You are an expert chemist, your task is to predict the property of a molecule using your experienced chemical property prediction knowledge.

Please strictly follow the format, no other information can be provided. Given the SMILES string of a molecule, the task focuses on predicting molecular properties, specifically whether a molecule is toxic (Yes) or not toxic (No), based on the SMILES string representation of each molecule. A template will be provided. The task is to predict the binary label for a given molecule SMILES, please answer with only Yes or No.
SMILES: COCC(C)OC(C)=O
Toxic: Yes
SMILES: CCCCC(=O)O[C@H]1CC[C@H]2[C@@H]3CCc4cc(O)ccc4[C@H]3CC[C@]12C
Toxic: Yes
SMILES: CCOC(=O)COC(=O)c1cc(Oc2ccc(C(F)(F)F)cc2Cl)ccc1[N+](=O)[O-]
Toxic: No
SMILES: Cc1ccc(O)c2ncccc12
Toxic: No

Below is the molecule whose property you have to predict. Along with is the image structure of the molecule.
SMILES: CC(C)C(=O)OCC(C)(C)C(O)C(C)C
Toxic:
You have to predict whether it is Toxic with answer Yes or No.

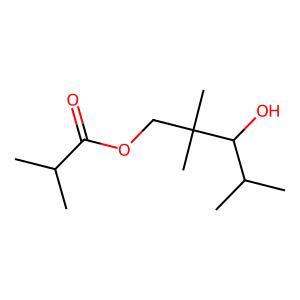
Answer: No